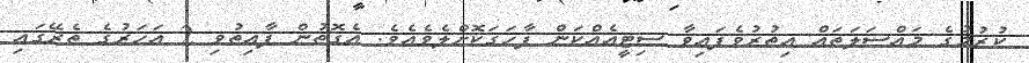
ކުރުމުގެ މައްސަލަތައް އިތުރުވެފައިވާ ސިޓީއެއްކަން ފާހަގަކޮށްލެވެއެވެ. އެގޮތުން ފާއިތުވި 2 އަހަރުގެ ތެރޭގައި